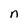
Character: n